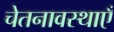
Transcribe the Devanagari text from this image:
चेतनावस्थाएँ